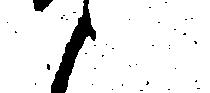
と